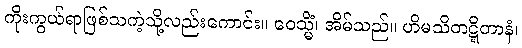
ကိုးကွယ်ရာဖြစ်သကဲ့သို့လည်းကောင်း။ ဝေသ္မိံ၊ အိမ်သည်။ ဟိမသိတဋ္ဋိတာနံ၊